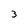
Character: 3